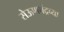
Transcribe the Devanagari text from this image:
सेऊणचंद्रच्या